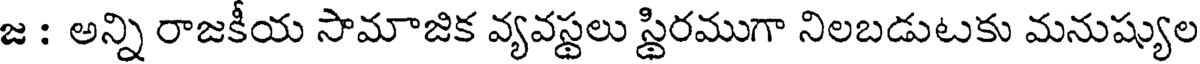
జ : అన్ని రాజకీయ సామాజిక వ్యవస్థలు స్థిరముగా నిలబడుటకు మనుష్యుల